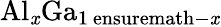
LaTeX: {\mathrm{Al}}_{\mathit{x}}{\mathrm{Ga}}_{1\mathrm{\ ensuremath{-}}\mathit{x}}